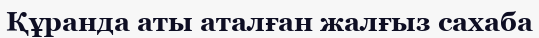
Құранда аты аталған жалғыз сахаба